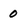
Character: 0